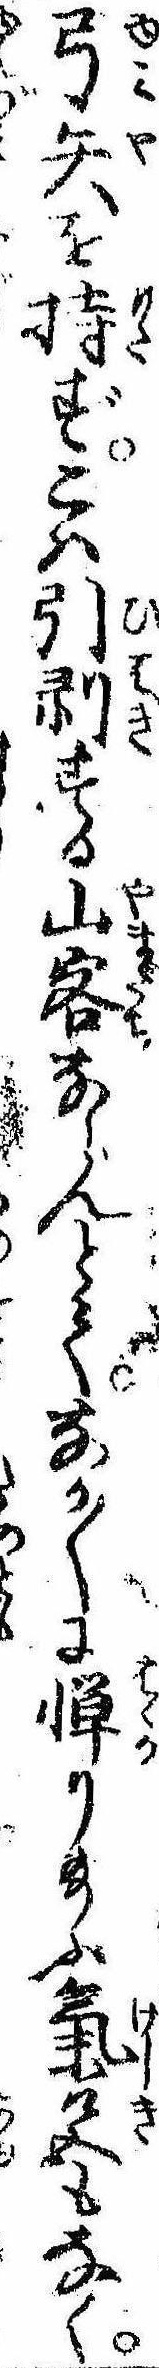
弓矢を持ずこは引剥する山客ならんとてなか〱に憚り給ふ気色もなく